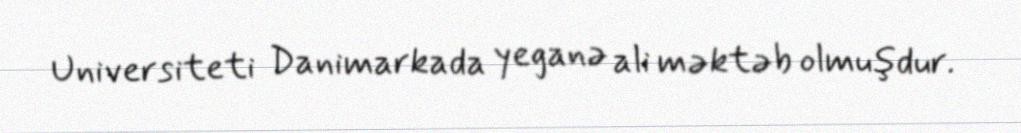
Universiteti Danimarkada yeganə ali məktəb olmuşdur.